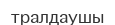
тралдаушы